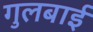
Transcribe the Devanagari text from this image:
गुलबाई